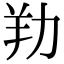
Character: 劷